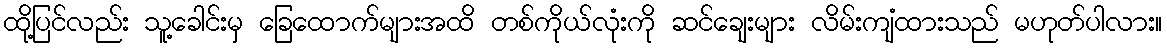
ထို့ပြင်လည်း သူ့ခေါင်းမှ ခြေထောက်များအထိ တစ်ကိုယ်လုံးကို ဆင်ချေးများ လိမ်းကျံထားသည် မဟုတ်ပါလား။